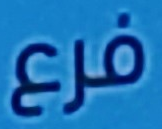
فرع